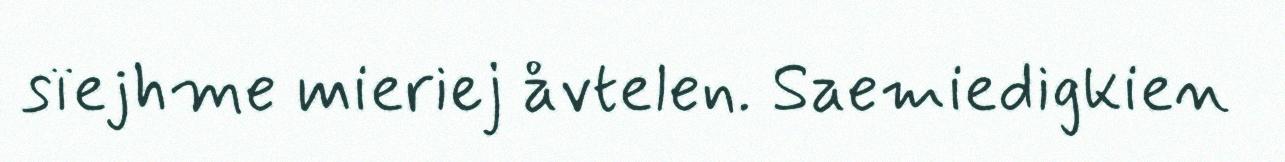
sïejhme mieriej åvtelen. Saemiedigkien